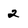
Character: 2